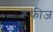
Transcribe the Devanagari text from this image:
रूफीज